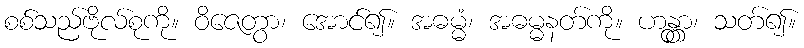
စစ်သည်ဗိုလ်စုကို။ ဝိဇေတွာ၊ အောင်၍။ အဓမ္မံ၊ အဓမ္မနတ်ကို။ ဟန္တွာ၊ သတ်၍။